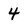
Character: 4